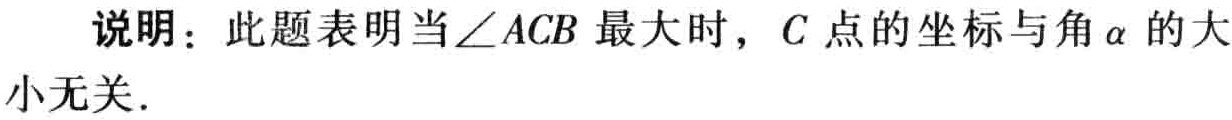
说明：此题表明当\(\angle ACB\)最大时，\(C\)点的坐标与角\(\alpha\)的大小无关．